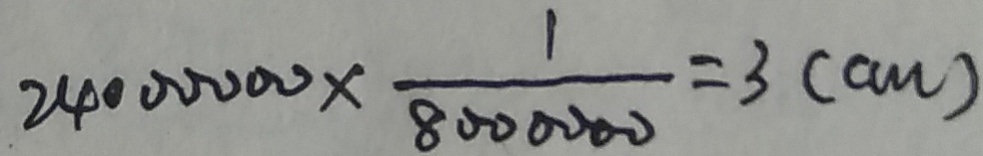
2 4 0 0 0 0 0 0 \times \frac { 1 } { 8 0 0 0 0 0 0 } = 3 ( c m )